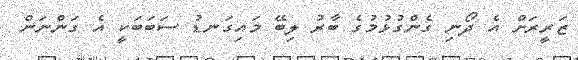
ޒަރީރަށް އެ ދޯނި ގެންގުޅުމުގެ ބާރު ލިބޭ މައިގަނޑު ސަބަބަކީ އެ ގަންނަން